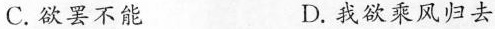
C.欲罢不能 D.我欲乘风归去